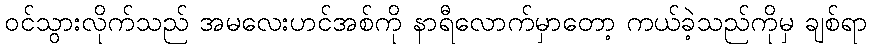
ဝင်သွားလိုက်သည် အမလေးဟင်အစ်ကို နာရီလောက်မှာတော့ ကယ်ခဲ့သည်ကိုမှ ချစ်ရာ